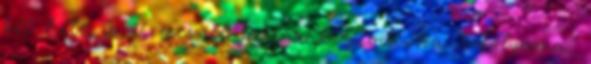
két hete is 17 ezernél járt a kriptodeviza árfolyama.